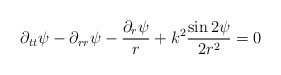
\begin{align*}\partial_{tt}\psi-\partial_{rr}\psi-\frac{\partial_r\psi}{r}+k^2\frac{\sin2\psi}{2r^2}=0 \end{align*}